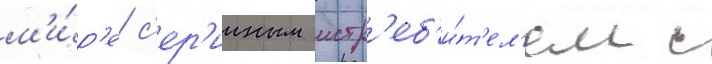
м'и́р'е с'ер'ииным истр'еб'и́т'ел'ем с